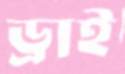
ড্রাই